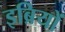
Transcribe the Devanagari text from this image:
इब्रियों